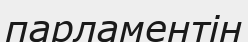
парламентін